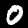
Label: 0